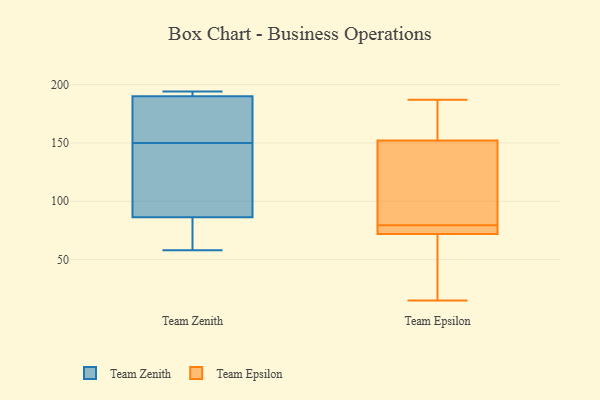
{"axis": {"x": "Latency (ms)", "y": "Value"}, "legend": ["Team Epsilon", "Team Zenith"], "data": [{"x": "", "y": 162, "type": "Team Zenith"}, {"x": "", "y": 58, "type": "Team Zenith"}, {"x": "", "y": 194, "type": "Team Zenith"}, {"x": "", "y": 191, "type": "Team Zenith"}, {"x": "", "y": 185, "type": "Team Zenith"}, {"x": "", "y": 82, "type": "Team Zenith"}, {"x": "", "y": 194, "type": "Team Zenith"}, {"x": "", "y": 194, "type": "Team Zenith"}, {"x": "", "y": 65, "type": "Team Zenith"}, {"x": "", "y": 65, "type": "Team Zenith"}, {"x": "", "y": 143, "type": "Team Zenith"}, {"x": "", "y": 150, "type": "Team Zenith"}, {"x": "", "y": 107, "type": "Team Zenith"}, {"x": "", "y": 187, "type": "Team Zenith"}, {"x": "", "y": 99, "type": "Team Zenith"}, {"x": "", "y": 117, "type": "Team Epsilon"}, {"x": "", "y": 187, "type": "Team Epsilon"}, {"x": "", "y": 152, "type": "Team Epsilon"}, {"x": "", "y": 72, "type": "Team Epsilon"}, {"x": "", "y": 151, "type": "Team Epsilon"}, {"x": "", "y": 72, "type": "Team Epsilon"}, {"x": "", "y": 185, "type": "Team Epsilon"}, {"x": "", "y": 73, "type": "Team Epsilon"}, {"x": "", "y": 42, "type": "Team Epsilon"}, {"x": "", "y": 76, "type": "Team Epsilon"}, {"x": "", "y": 114, "type": "Team Epsilon"}, {"x": "", "y": 15, "type": "Team Epsilon"}, {"x": "", "y": 181, "type": "Team Epsilon"}, {"x": "", "y": 82, "type": "Team Epsilon"}, {"x": "", "y": 77, "type": "Team Epsilon"}, {"x": "", "y": 18, "type": "Team Epsilon"}, {"x": "", "y": 163, "type": "Team Epsilon"}, {"x": "", "y": 69, "type": "Team Epsilon"}]}